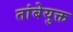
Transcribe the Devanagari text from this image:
तांबेयुक्त